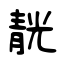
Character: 靗